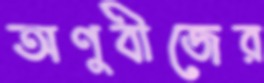
অণুবীজের